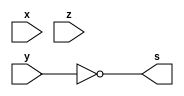
/*
 Guia_0401e.v - v0.0. - 27 / 08 / 2022
 Autor    : Gabriel Vargas Bento de Souza
 Matricula: 778023
 */

/* TRUTH TABLE */

// (x+y').(y'+z')

/**
 expression: y'
 */
module fxy1 (output s,
            input  x, y, z);
   assign s = ~y;
endmodule // fxy1

/**
 expression: z'
 */
module fxy2 (output s,
            input  x, y, z);
   assign s = ~z;
endmodule // fxy2

/**
 expression: x+y'
 */
module fxy3 (output s,
            input  x, y, z);
   assign s = (x | ~y);
endmodule // fxy3

/**
 expression: y'+z'
 */
module fxy4 (output s,
            input  x, y, z);
   assign s = (~y | ~z);
endmodule // fxy4

/**
 expression: (x+y')'.(y'+z')
 */
module fxy5 (output s,
            input  x, y, z);
   assign s = (x | ~y) & (~y | ~z);
endmodule // fxy5

/**
  Guia_0401e.v
 */
module Guia_0401e;
   reg  x, y, z;
   wire s1, s2, s3, s4, s5;
   
   // instancias
   fxy1 FXY1 (s1, x, y, z);
   fxy2 FXY2 (s2, x, y, z);
   fxy3 FXY3 (s3, x, y, z);
   fxy4 FXY4 (s4, x, y, z);
   fxy5 FXY5 (s5, x, y, z);
   
   // valores iniciais
   initial begin: start
      x=1'bx; y=1'bx; z=1'bx; // indefinidos
   end

   // parte principal
   initial begin: main
      // identificacao
       $display("Gabriel Vargas Bento de Souza - 778023");
       $display("Test boolean expression");
       $display("\n01.e) (x+y')'.(y'+z')\n");

       // monitoramento
       $display(" x  y  z   y'  z'  x+y'  y'+z'  (x+y')'.(y'+z') ");
       $monitor("%2b %2b %2b %3b %3b %4b %6b %10b", x, y, z, s1, s2, s3, s4, s5);

       // sinalizacao
       #1 x=0; y=0; z=0;
       #1 x=0; y=0; z=1;
       #1 x=0; y=1; z=0;
       #1 x=0; y=1; z=1;
       #1 x=1; y=0; z=0;
       #1 x=1; y=0; z=1;
       #1 x=1; y=1; z=0;
       #1 x=1; y=1; z=1;
   end
endmodule // Guia_0401e